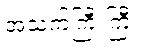
အသက်ကြီးကြီး